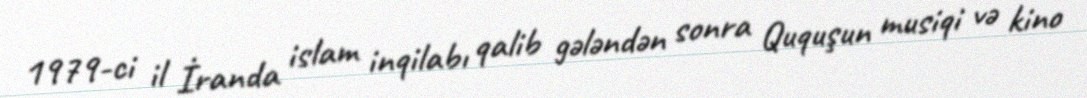
1979-ci il İranda islam inqilabı qalib gələndən sonra Ququşun musiqi və kino